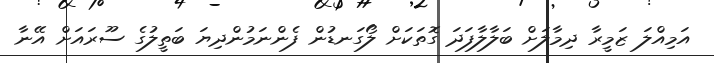
އަމިއްލަ ޒަމީރާ ދިމާލަށް ބަލާލާފަދަ ގޮތަކަށް ލޯގަނޑުން ފެންނަމުންދިޔަ ބަތީލުގެ ސޫރައަށް އޭނާ